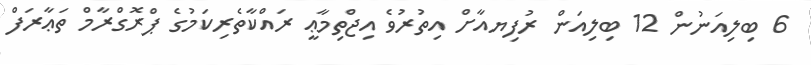
6 ބިލިއަނުން 12 ބިލިއަން ރުފިޔއާށް އިތުރުވެ އިޖްތިމާޢީ ރައްކާތެރިކަމުގެ ޕްރޮގްރާމް ތަޢާރަފް